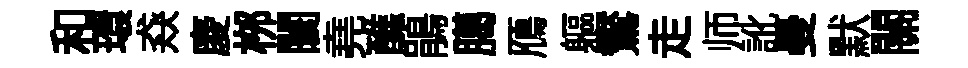
和環猋庱桞闤堯醮鵑臈鴈軀鸑走师訛曼默關